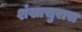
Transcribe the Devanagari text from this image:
शंखासुरास